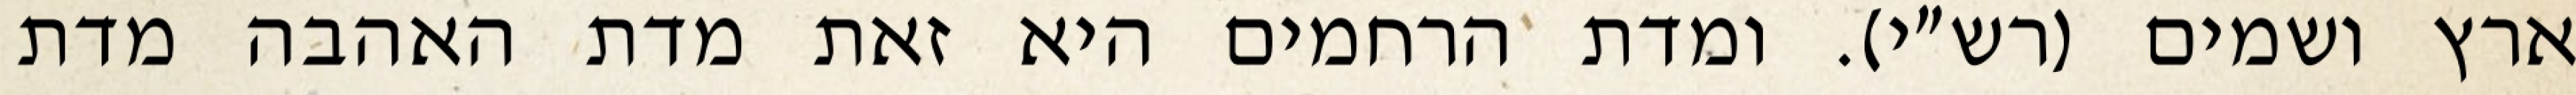
ארץ ושמים (רש״י). ומדת הרחמים היא זאת מדת האהבה מדת